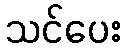
သင်ပေး